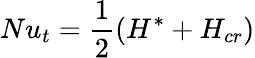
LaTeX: Nu_{t}=\frac{1}{2}\left(H^{*}+H_{cr}\right)